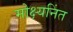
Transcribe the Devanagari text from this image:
मोक्ष्यनिंत